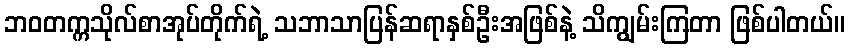
ဘဝတက္ကသိုလ်စာအုပ်တိုက်ရဲ့ သဘာသာပြန်ဆရာနှစ်ဦးအဖြစ်နဲ့ သိကျွမ်းကြတာ ဖြစ်ပါတယ်။